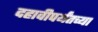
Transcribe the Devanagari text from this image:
दहावीपर्यंतच्या